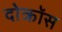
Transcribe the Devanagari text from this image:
दोक्रॉस